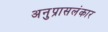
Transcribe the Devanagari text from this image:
अनुप्रासलंकार